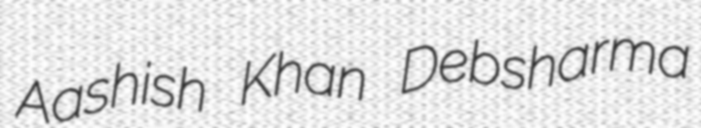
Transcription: Aashish Khan Debsharma